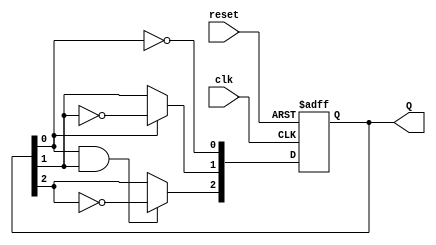
module async_counter (
    input wire clk,           // Clock input
    input wire reset,         // Asynchronous reset input
    output reg [2:0] Q        // 3-bit output
);

// Always block triggered on the clock edge
always @(posedge clk or posedge reset) begin
    if (reset) begin
        Q <= 3'b000;       // Reset all bits to 0
    end else begin
        Q[0] <= ~Q[0];     // Toggle the least significant bit
        Q[1] <= Q[0] ? ~Q[1] : Q[1]; // Toggle next bit on the LSB transition
        Q[2] <= (Q[0] & Q[1]) ? ~Q[2] : Q[2]; // Toggle MSB on the LSB and second bit transition
    end
end

endmodule